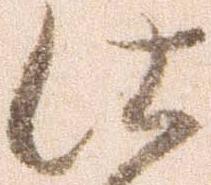
仕